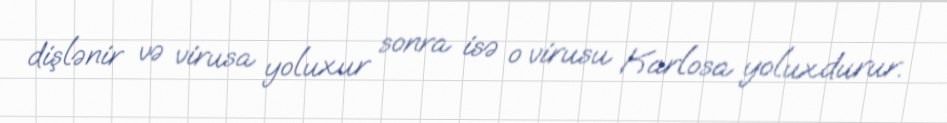
dişlənir və virusa yoluxur sonra isə o virusu Karlosa yoluxdurur.